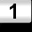
Digit: 1